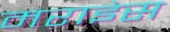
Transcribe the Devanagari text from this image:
मराइंस